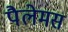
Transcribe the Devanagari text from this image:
पैलेमस